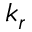
k _ { r }